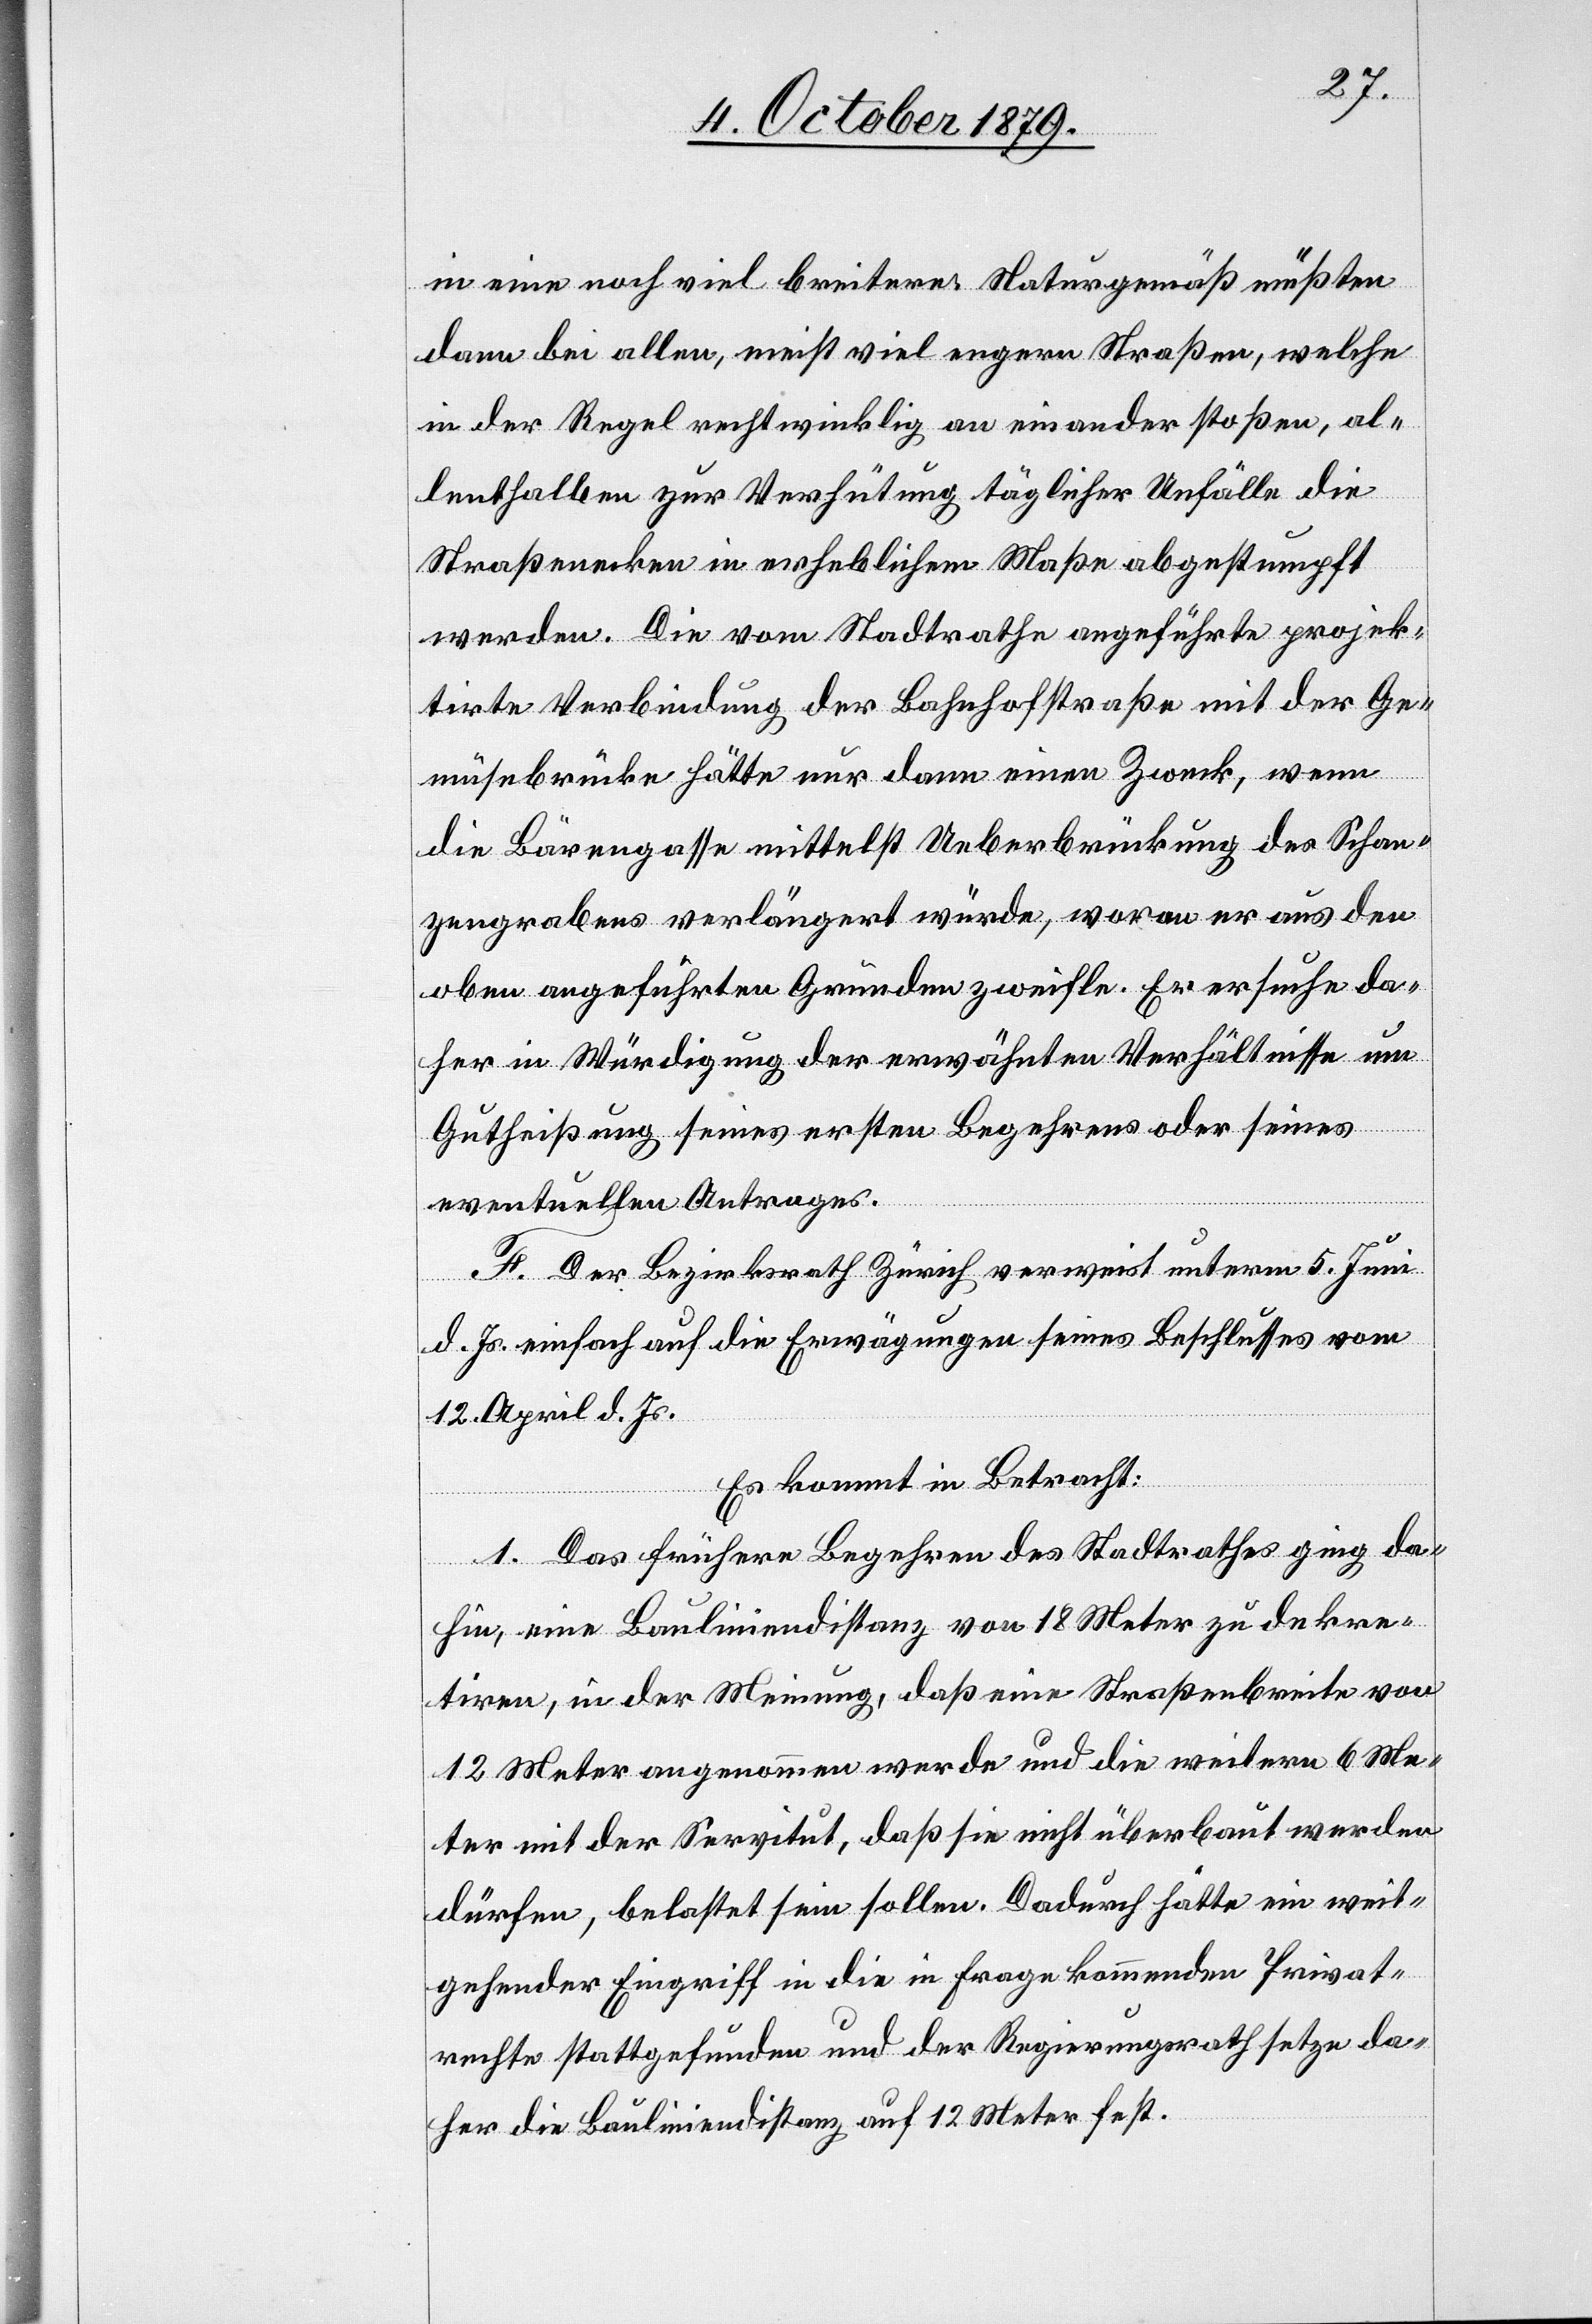
in eine noch viel breitere Naturgemäß müßten
dann bei allen, meist viel engern Straßen, welche
in der Regel rechtwinklig an einander stoßen, al¬
lenthalben zur Verhütung täglicher Unfälle die
Straßenecken in erheblichem Maße abgestumpft
werden. Die vom Stadtrathe angeführte projek¬
tirte Verbindung der Bahnhofstraße mit der Ge¬
müsebrücke hätte nur dann einen Zweck, wenn
die Bärengasse mittelst Ueberbrückung des Schan¬
zengrabens verlängert würde, woran er aus den
oben angeführten Gründen zweifle. Er ersuche da¬
her in Würdigung der erwähnten Verhältnisse um
Gutheißung seines ersten Begehrens oder seines
eventuellen Antrages.
F. Der Bezirksrath Zürich verweist unterm 5. Juni
d. Js. einfach auf die Erwägungen seines Beschlusses vom
12. April d. Js.
Es kommt in Betracht:
1. Das frühere Begehren des Stadtrathes ging da¬
hin, eine Bauliniendistanz von 18 Meter zu dekre¬
tiren, in der Meinung, daß eine Straßenbreite von
12 Meter angenommen werde und die weitern 6 Me¬
ter mit der Servitut, daß sie nicht überbaut werden
dürfen, belastet sein sollen. Dadurch hätte ein weit¬
gehender Eingriff in die in Frage kommenden Privat¬
rechte stattgefunden und der Regierungsrath setze da¬
her die Bauliniendistanz auf 12 Meter fest.